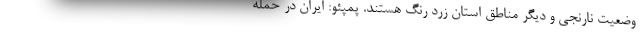
وضعیت نارنجی و دیگر مناطق استان زرد رنگ هستند. پمپئو: ایران در حمله